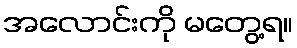
အလောင်းကို မတွေ့ရ။